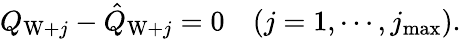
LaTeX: \begin{array}{r}{Q_{\mathrm{W}+j}-\hat{Q}_{\mathrm{W}+j}=0\quad(j=1,\cdots,j_{\operatorname*{max}}).}\end{array}